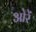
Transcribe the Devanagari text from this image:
ओरें